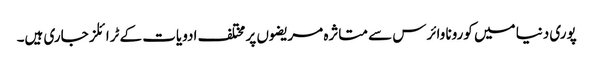
پوری دنیا میں کورونا وائرس سے متاثرہ مریضوں پر مختلف ادویات کے ٹرائلز جاری ہیں۔